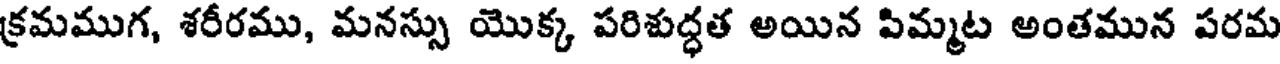
క్రమముగ, శరీరము, మనస్సు యొక్క పరిశుద్ధత అయిన పిమ్మట అంతమున పరమ